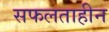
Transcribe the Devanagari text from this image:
सफलताहीन